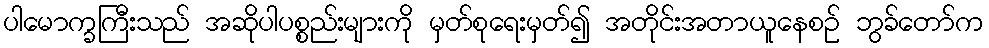
ပါမောက္ခကြီးသည် အဆိုပါပစ္စည်းများကို မှတ်စုရေးမှတ်၍ အတိုင်းအတာယူနေစဉ် ဘွခ်တော်က